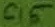
Text: C15